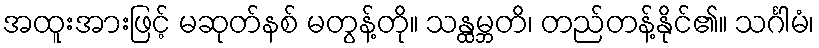
အထူးအားဖြင့် မဆုတ်နစ် မတွန့်တို။ သန္ထမ္ဘတိ၊ တည်တန့်နိုင်၏။ သင်္ဂါမံ၊